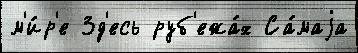
м'и́р'е Зд'есь руб'ежа́х Са́маjа